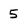
Character: 5